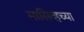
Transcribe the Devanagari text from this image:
मासिव्हच्या